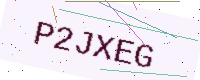
Text: P2JXEG